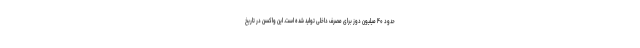
حدود ۴۰ میلیون دوز برای مصرف داخلی تولید شده است. این واکسن در تاریخ